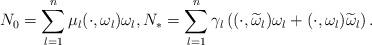
LaTeX: \begin{align*}N_0 = \sum_{l=1}^{n} \mu_l (\cdot, \omega_l) \omega_l, N_* = \sum_{l=1}^{n} \gamma_l \left( (\cdot, \widetilde{\omega}_l) \omega_l + (\cdot, \omega_l) \widetilde{\omega}_l\right) .\end{align*}